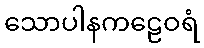
သောပါနကဠေဝရံ